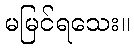
မမြင်ရသေး။